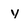
Character: y